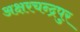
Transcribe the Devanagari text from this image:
अक्षरचन्द्रपुर